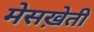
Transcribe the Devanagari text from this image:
मेसख़ेती